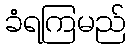
ခံရကြမည်